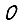
Digit: 0